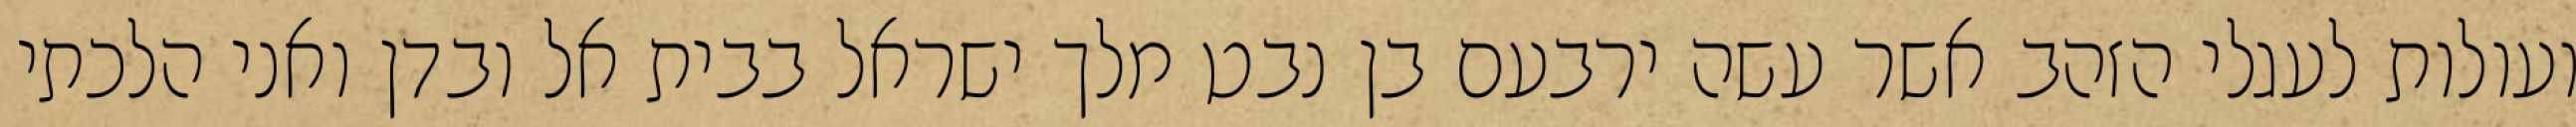
ועולות לעגלי הזהב אשר עשה ירבעם בן נבט מלך ישראל בבית אל ובדן ואני הלכתי